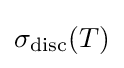
\sigma _{\mathrm {disc} }(T)